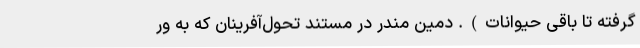
گرفته تا باقی حیوانات). دَمین مندر در مستند تحول‌آفرینان که به ور